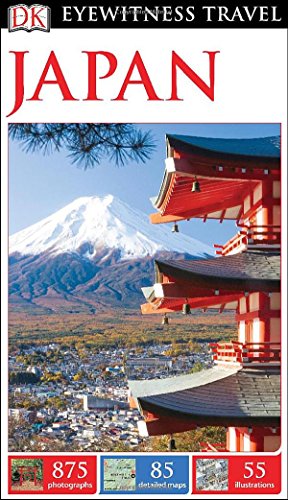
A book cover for DK Eyewitness Travel Guide: Japan; DK Publishing; Travel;